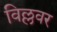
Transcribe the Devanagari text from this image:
विल्लवर